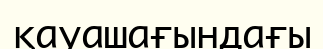
қауашағындағы